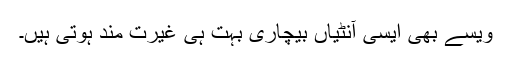
ویسے بھی ایسی آنٹیاں بیچاری بہت ہی غیرت مند ہوتی ہیں۔